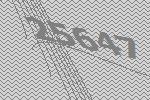
25647